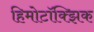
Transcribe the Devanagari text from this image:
हिमोटॉक्झिक